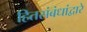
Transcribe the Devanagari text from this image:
हितसंबंधांद्वारे